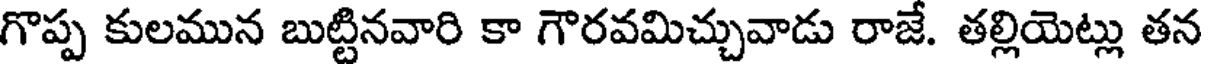
గొప్ప కులమున బుట్టినవారి కా గౌరవమిచ్చువాడు రాజే. తల్లియెట్లు తన